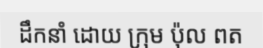
ដឹកនាំ ដោយ ក្រុម ប៉ុល ពត